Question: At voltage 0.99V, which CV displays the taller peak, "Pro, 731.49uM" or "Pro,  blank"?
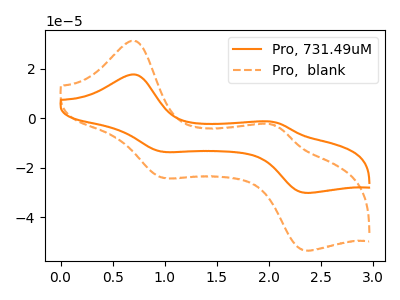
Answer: <think>The orange curve "Pro, 731.49uM" has anodic peaks at (0.70V, 17.55uA) (2.05V, -1.60uA) and cathodic peaks at (1.00V, -13.65uA) (2.35V, -30.15uA). The orange dashed curve "Pro,  blank" has anodic peaks at (0.70V, 31.15uA) (2.05V, -2.85uA) and cathodic peaks at (1.00V, -24.15uA) (2.35V, -53.45uA).</think>
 <answer>The peak at 0.99V is lower in "Pro, 731.49uM" than in "Pro,  blank".</answer>
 <eval>lower</eval>